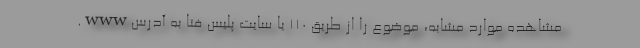
مشاهده موارد مشابه، موضوع را از طریق ۱۱۰ یا ‌سایت پلیس فتا به آدرسwww.